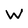
Character: W